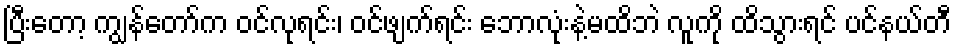
ပြီးတော့ ကျွန်တော်က ဝင်လုရင်း၊ ဝင်ဖျက်ရင်း ဘောလုံးနဲ့မထိဘဲ လူကို ထိသွားရင် ပင်နယ်တီ